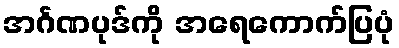
အင်္ဂဏပုဒ်ကို အရေကောက်ပြပုံ